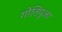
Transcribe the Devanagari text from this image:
गोतिपुआ